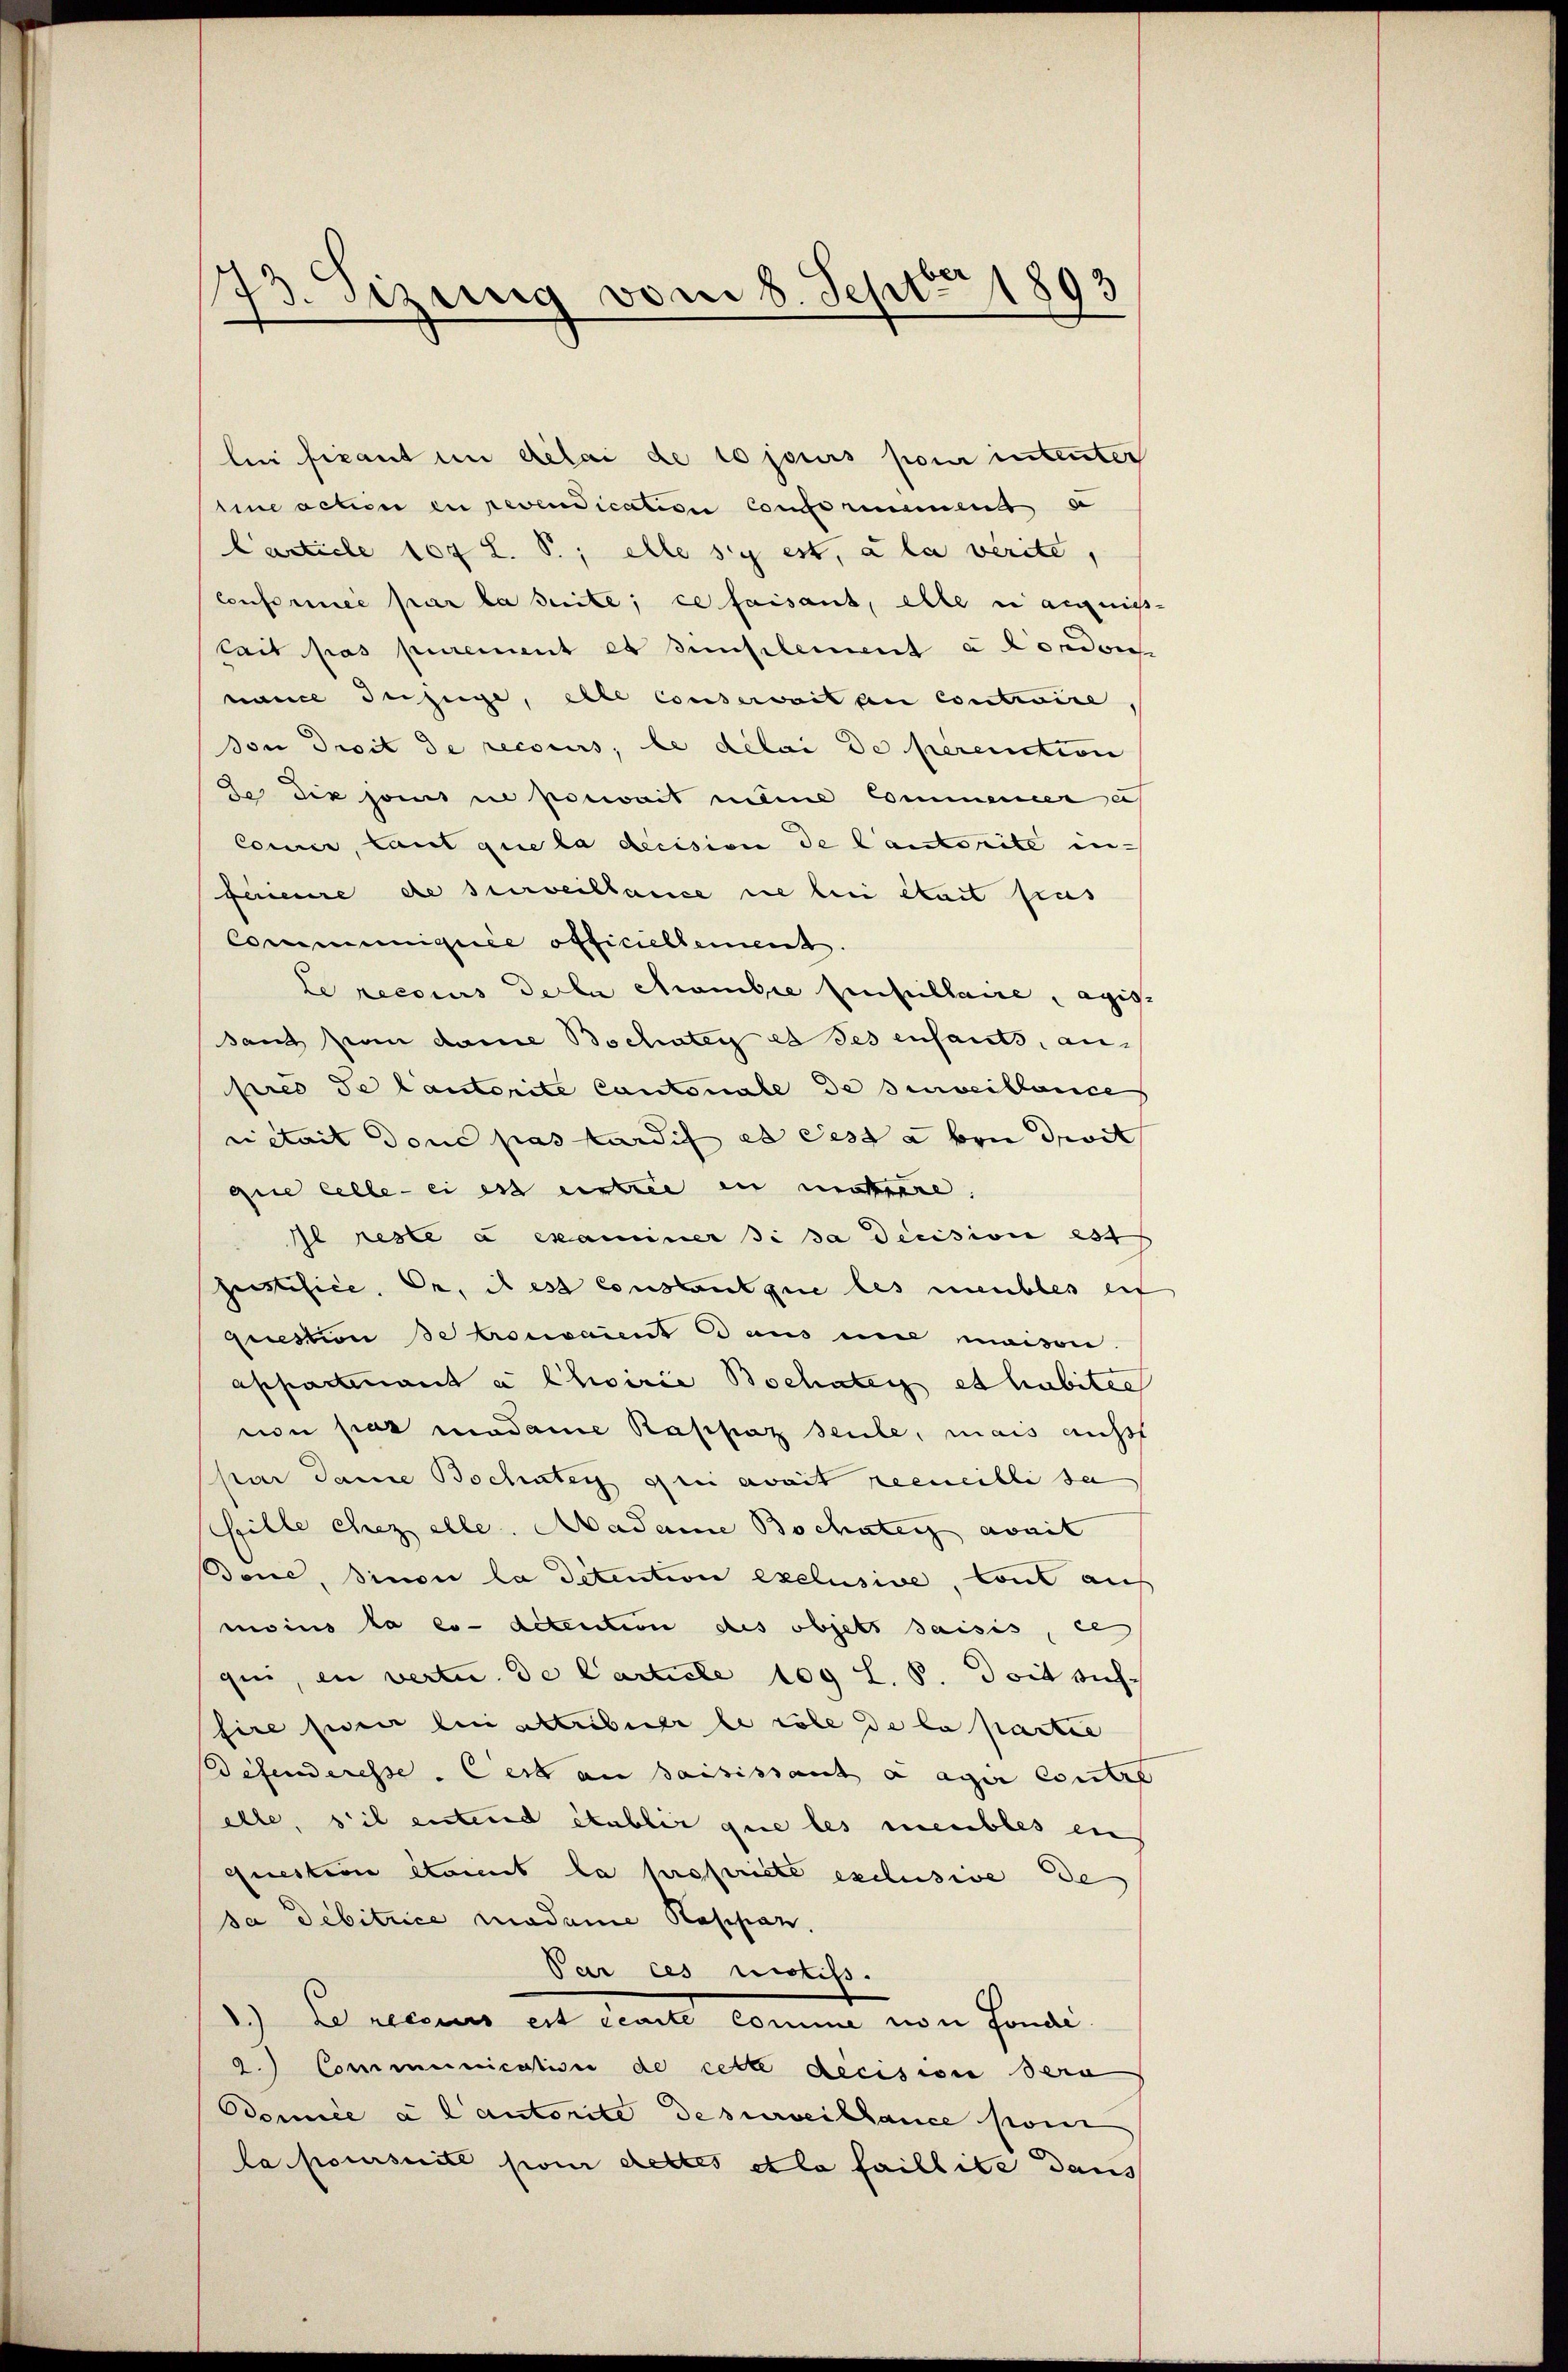
bi fixant im délai de 10 jours pour intenter
line action zu revendication conformament se
Carticle 107 L. S.; elle sy est, a la verite,
conformée par la suite; ce faisant, elle in annis-
tait pas purement es simplement a Condon
nance du juge, elle conservait au contraire,
Von Droit de recours, le délai de perention
de dix jouis une poewait meine Commener e
Comer, laut que la decision de Cantorite in¬
Ferieure de surveillance nie bei était pas
Communiquée officiellement.
le recours de la chambre pensillaire, eige
sant an dame Bochaten es des enfants, anpres de lauterite Cantonale de surveillence
riétait donc pas turdif es des a von droit
que celle eines eintre in neuere.
Il reste à examiner si sa decision es f
pistifice, Or, il est constant que les meubles ent
question de trouvaient aus eine maison.
appartenant a Choirie Bochaten et habiter
non par Madame Rappaz seule, mais aufst
har Dame Bochsteig frei zweit recueille se
fille chez alle. Madame Bochstens avait
Done, sinon la détention exclusive, Cont auf
moins la es detention des objets saisis, es
gii, in vertu de Carticle 100 l. S. doit sich
fire sie bin altribuer le cole de la partie
defenderesse. Ces an saisissant a agir contre
elle, s’il entend établir que les meubles aus
Question étaient la propriete exclusive de
sa Debitrice cadame Raschien.
Par ces noctifs.
.) Le recens est écrite comme von Fonde
2.) Communication de cette decision dera
Domice à l’autorite de surveillance son
la poursuite son cettes et la faillite dans

73. Szung vom 8. Sept. 1893